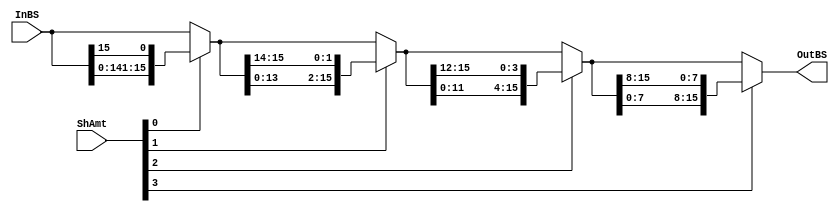
module rotate_left(InBS, ShAmt, OutBS);
//for the 2'b00 Opcode
input wire [15:0]InBS;
input wire [3:0] ShAmt;
output [15:0]OutBS;

//Opcode 
//2'b00 left shift, LSB filled with 'b0
//2'b01 shift right logical, MSB filled with 'b0
//2'b10 rotate left
//2'b11 shift rith arith, keep the MSB


//shift bit selection logic
wire [15:0] sh_0, sh_1, sh_2, sh_3;//for the 1/2/4/8bits shift temp varibles
assign sh_0=(ShAmt[0])? {InBS[14:0], InBS[15]}:InBS; 
assign sh_1=(ShAmt[1])? {sh_0[13:0], sh_0[15:14]}:sh_0; 
assign sh_2=(ShAmt[2])? {sh_1[11:0], sh_1[15:12]}:sh_1; 
assign sh_3=(ShAmt[3])? {sh_2[7:0], sh_2[15:8]}:sh_2; 

assign OutBS=sh_3;



endmodule